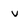
Character: v